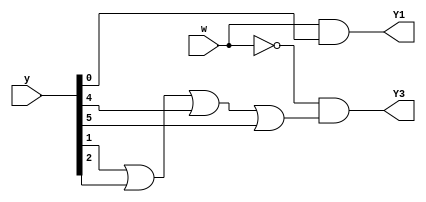
module top_module (
    input [5:0] y,
    input w,
    output Y1,
    output Y3
);

    parameter A=0,B=1,C=2,D=3,E=4,F=5;
    
    reg [5:0] nextSt;
    always@(*) begin
        nextSt[A] = ~w && (y[A] || y[D]);
        nextSt[B] = w && (y[A]);
        nextSt[C] = w && (y[B] || y[F]);
        nextSt[D] = ~w && (y[B] || y[C] || y[E] || y[F]);
        nextSt[E] = w && (y[C] || y[E]);
        nextSt[F] = w && (y[D]);
    end
    
    assign Y1=nextSt[1];
    assign Y3=nextSt[3];

endmodule